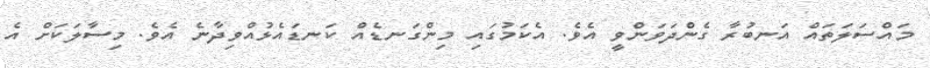
މައްސަލަތައް އަނބުރާ ގެންދަވަންވީ އެވެ. އެކަމުގައި މިންގަނޑެއް ކަނޑައެޅުއްވިދާނެ އެވެ. މިސާލަކަށް އެ